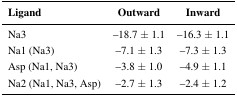
<table><thead><tr><td><b>Ligand</b></td><td><b>Outward</b></td><td><b>Inward</b></td></tr></thead><tbody><tr><td>Na3</td><td>–18.7 ± 1.1</td><td>–16.3 ± 1.1</td></tr><tr><td>Na1 (Na3)</td><td>–7.1 ± 1.3</td><td>–7.3 ± 1.3</td></tr><tr><td>Asp (Na1, Na3)</td><td>–3.8 ± 1.0</td><td>–4.9 ± 1.1</td></tr><tr><td>Na2 (Na1, Na3, Asp)</td><td>–2.7 ± 1.3</td><td>–2.4 ± 1.2</td></tr></tbody></table>